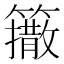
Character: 𰪟